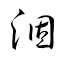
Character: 涸